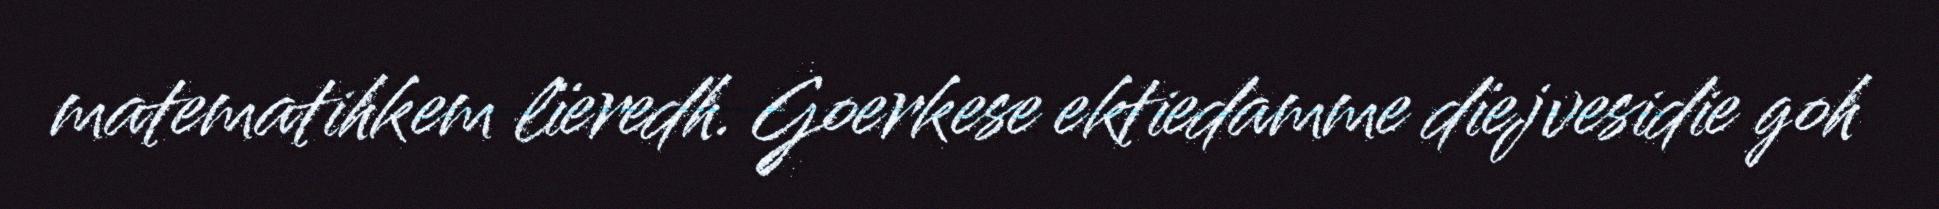
matematihkem lïeredh. Goerkese ektiedamme dïejvesidie goh